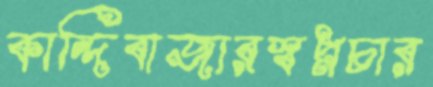
কান্দিবাজারস্বপ্নচার